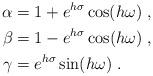
LaTeX: \begin{align*} \alpha &= 1 + e^{h\sigma}\cos(h\omega) \;, \\ \beta &= 1 - e^{h\sigma}\cos(h\omega) \;, \\ \gamma &= e^{h\sigma}\sin(h\omega) \;.\end{align*}